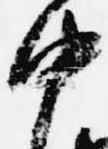
中